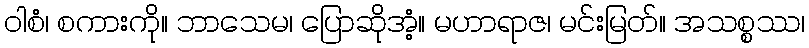
ဝါစံ၊ စကားကို။ ဘာသေမ၊ ပြောဆိုအံ့။ မဟာရာဇ၊ မင်းမြတ်။ အသစ္စဿ၊